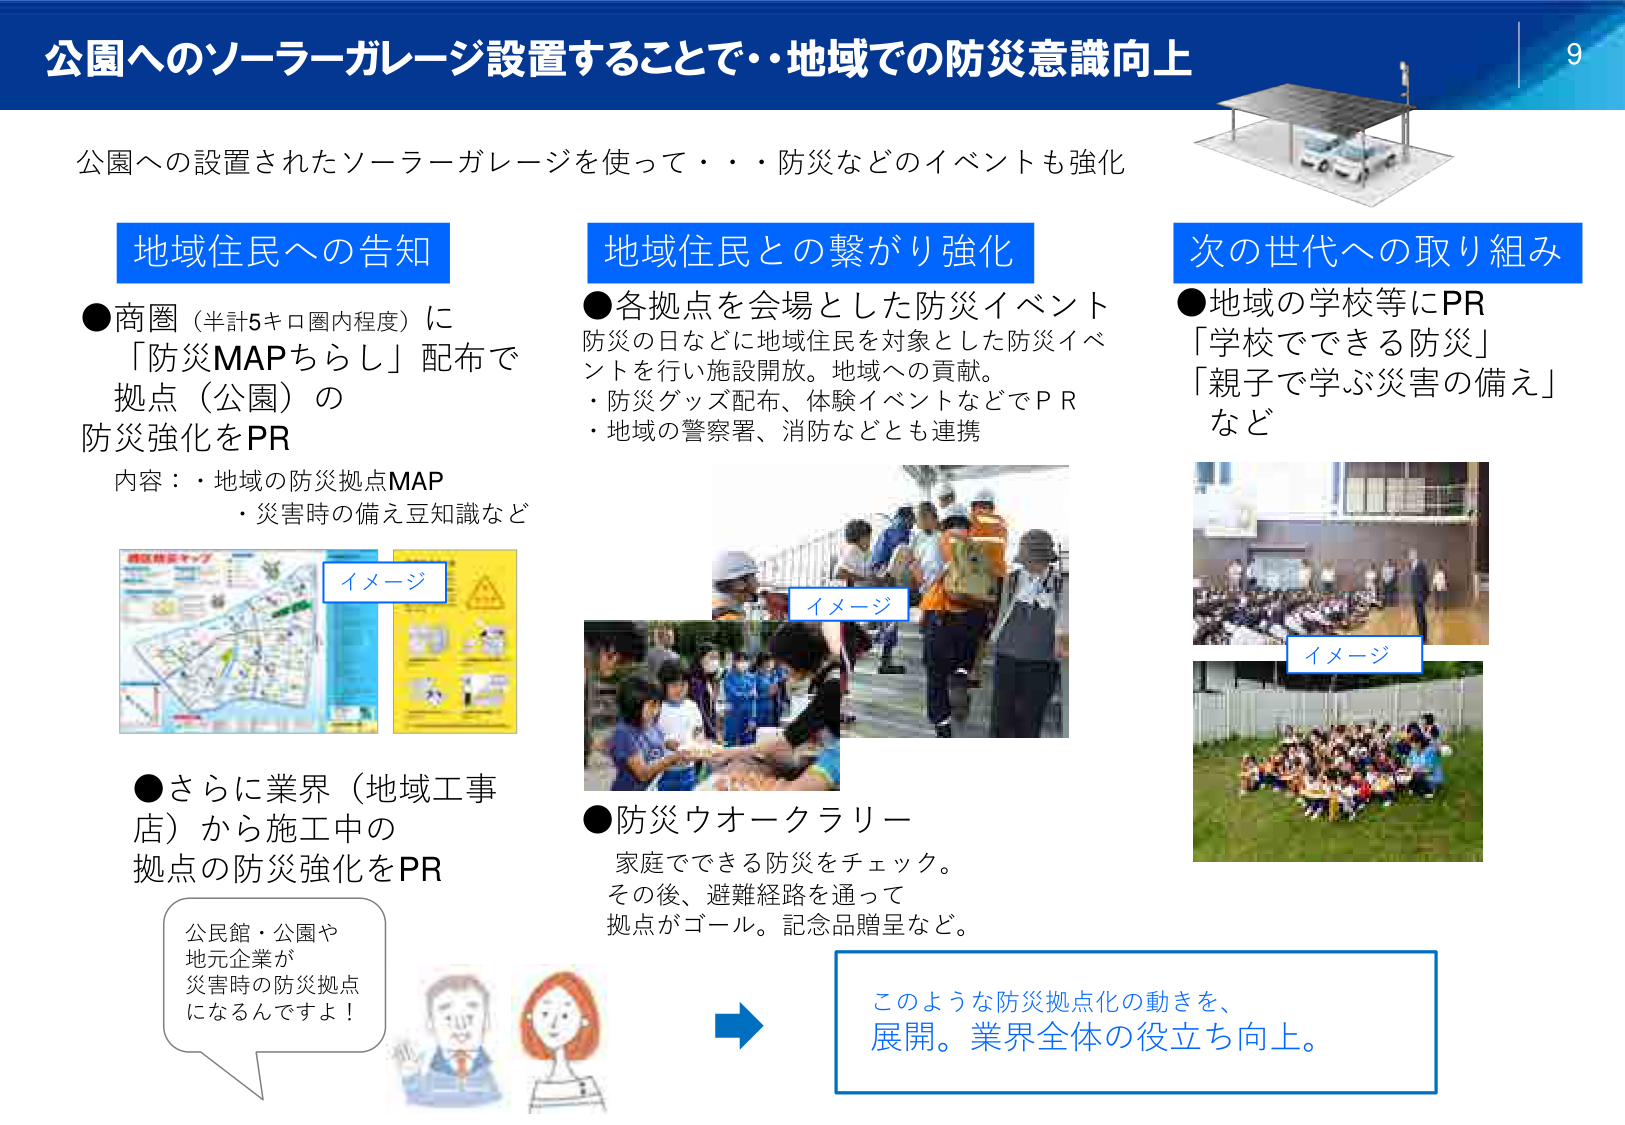
公園へのソーラーガレージ設置することで・・地域での防災意識向上

公園への設置されたソーラーガレージを使って・・・防災などのイベントも強化

地域住民への告知
●商圏（半計5キロ圏内程度）に
「防災MAPちらし」配布で
拠点（公園）の
防災強化をPR
内容：・地域の防災拠点MAP
・災害時の備え豆知識など

イメージ

●さらに業界（地域工事店）から施工中の
拠点の防災強化をPR

公民館・公園や
地元企業が
災害時の防災拠点
になるんですよ！

地域住民との繋がり強化
●各拠点を会場とした防災イベント
防災の日などに地域住民を対象とした防災イベントを行い施設開放。地域への貢献。
・防災グッズ配布、体験イベントなどでＰＲ
・地域の警察署、消防などとも連携

イメージ

●防災ウオークラリー
家庭でできる防災をチェック。
その後、避難経路を通って
拠点がゴール。記念品贈呈など。

次の世代への取り組み
●地域の学校等にPR
「学校でできる防災」
「親子で学ぶ災害の備え」
など

イメージ

このような防災拠点化の動きを、
展開。業界全体の役立ち向上。

9